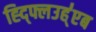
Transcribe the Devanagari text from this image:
ह्द्फ्लिउह्॑एब